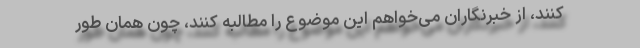
کنند، از خبرنگاران می‌خواهم این موضوع را مطالبه کنند، چون همان طور